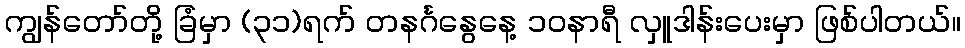
ကျွန်တော်တို့ ခြံမှာ (၃၁)ရက် တနင်္ဂနွေနေ့ ၁၀နာရီ လှူဒါန်းပေးမှာ ဖြစ်ပါတယ်။